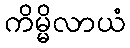
ကိမ္မိလာယံ